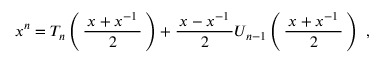
x ^ { n } = T _ { n } \left( \, { \frac { \, x + x ^ { - 1 } \, } { 2 } } \, \right) + { \frac { \, x - x ^ { - 1 } \, } { 2 } } U _ { n - 1 } \left( \, { \frac { \, x + x ^ { - 1 } \, } { 2 } } \, \right) ~ ,